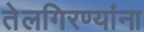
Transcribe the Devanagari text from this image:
तेलगिरण्यांना